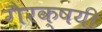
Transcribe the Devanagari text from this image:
गैरक्षयी